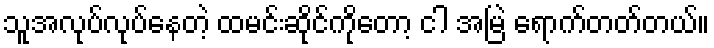
သူအလုပ်လုပ်နေတဲ့ ထမင်းဆိုင်ကိုတော့ ငါ အမြဲ ရောက်တတ်တယ်။